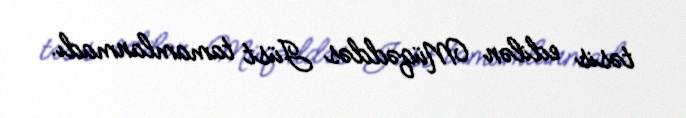
təsis edilən Müqəddəs Jüst tamamlanmadı.